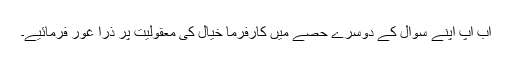
اب آپ اپنے سوال کے دوسرے حصے میں کارفرما خیال کی معقولیت پر ذرا غور فرمائیے۔